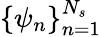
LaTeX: \{ \psi_{n}\} _{n=1}^{N_{s}}